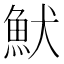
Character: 𩵥